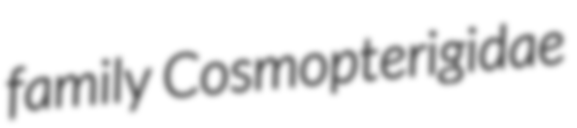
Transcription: family Cosmopterigidae